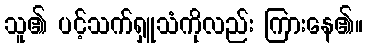
သူ၏ ပင့်သက်ရှူသံကိုလည်း ကြားနေ၏။